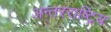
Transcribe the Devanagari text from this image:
अन्तरराष्ट्रिय